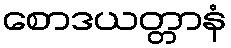
စောဒယတ္တာနံ